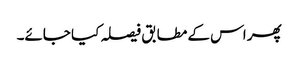
پھر اس کے مطابق فیصلہ کیا جائے۔